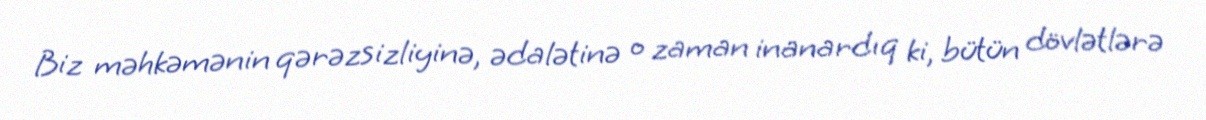
Biz məhkəmənin qərəzsizliyinə, ədalətinə o zaman inanardıq ki, bütün dövlətlərə